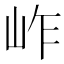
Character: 岞